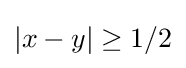
|x-y|\geq 1/2